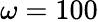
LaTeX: \omega=100